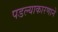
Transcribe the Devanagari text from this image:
पडल्याकारणाने